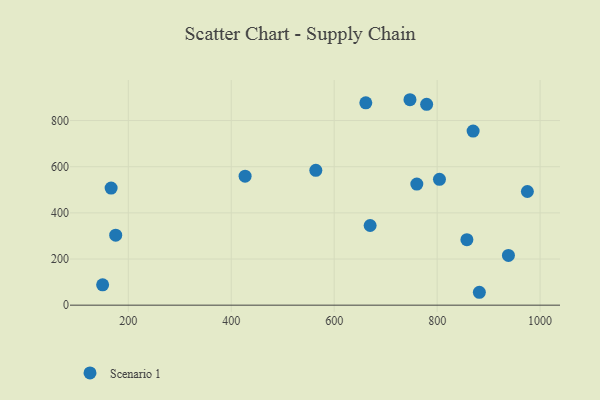
{"axis": {"x": "Study Hours", "y": "Rating"}, "legend": ["Scenario 1"], "data": [{"x": "975.3", "y": 492.6, "type": "Scenario 1"}, {"x": "669.8", "y": 345.2, "type": "Scenario 1"}, {"x": "426.9", "y": 558.9, "type": "Scenario 1"}, {"x": "150.1", "y": 88.1, "type": "Scenario 1"}, {"x": "857.8", "y": 283.7, "type": "Scenario 1"}, {"x": "804.5", "y": 545.3, "type": "Scenario 1"}, {"x": "882.0", "y": 55.9, "type": "Scenario 1"}, {"x": "938.5", "y": 215.8, "type": "Scenario 1"}, {"x": "661.4", "y": 876.7, "type": "Scenario 1"}, {"x": "175.5", "y": 303.2, "type": "Scenario 1"}, {"x": "760.5", "y": 524.7, "type": "Scenario 1"}, {"x": "564.3", "y": 584.3, "type": "Scenario 1"}, {"x": "869.9", "y": 754.5, "type": "Scenario 1"}, {"x": "779.6", "y": 870.2, "type": "Scenario 1"}, {"x": "747.2", "y": 890.3, "type": "Scenario 1"}, {"x": "166.6", "y": 507.4, "type": "Scenario 1"}]}